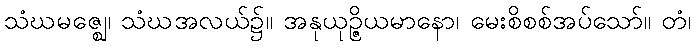
သံဃမဇ္ဈေ၊ သံဃအလယ်၌။ အနုယုဉ္ဇိယမာနော၊ မေးစိစစ်အပ်သော်။ တံ၊